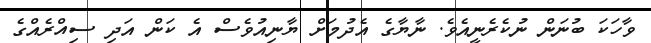
ވާހަކަ ބުނަން ނުކެރެނީއެވެ. ނާޔާގެ އެދުމަށް ޔާނިއުވެސް އެ ކަން އަދި ސިއްރެއްގެ